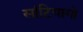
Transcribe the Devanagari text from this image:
सांटियागो